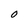
Character: O